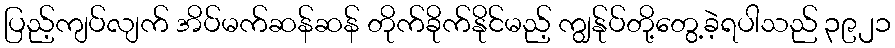
ပြည့်ကျပ်လျက် အိပ်မက်ဆန်ဆန် တိုက်ခိုက်နိုင်မည့် ကျွန်ုပ်တို့တွေ့ခဲ့ရပါသည် ၃၉၂၁